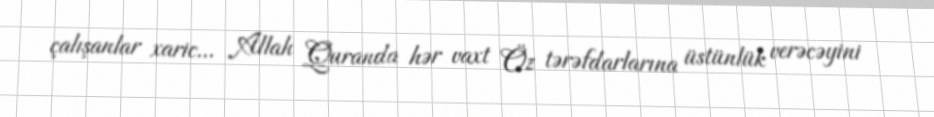
çalışanlar xaric... Allah Quranda hər vaxt Öz tərəfdarlarına üstünlük verəcəyini